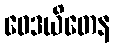
ဝေဒယိတေန